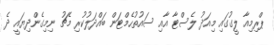
ޕްރިމިއާ ލީގުގައި މިއަދު ލެސްޓާ އާއި ސައުތުހެމްޓަން ބައްދަލުކުރި މެޗު ނިމިގެންދިޔައީ ދެ